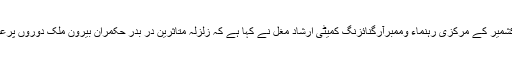
2015ء) پاکستان تحریک انصاف کشمیر کے مرکزی رہنماء وممبرآرگنائزنگ کمیٹی ارشاد مغل نے کہا ہے کہ زلزلہ متاثرین در بدر حکمران بیرون ملک دوروں پرعوام کے ٹیکس کا پیسہ اڑا رہے ہیں۔